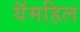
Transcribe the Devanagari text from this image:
यॅमहिल